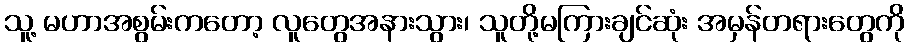
သူ့ မဟာအစွမ်းကတော့ လူတွေအနားသွား၊ သူတို့မကြားချင်ဆုံး အမှန်တရားတွေကို